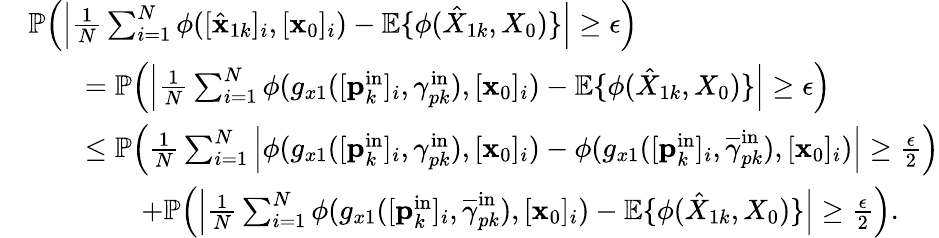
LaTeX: \begin{array}{rl}&{\mathbb{P}\Big(\Big|\frac{1}{N}\sum_{i=1}^{N}\phi([\hat{\mathbf{x}}_{1k}]_{i},[\mathbf{x}_{0}]_{i})-\mathbb{E}\{ \phi(\hat{X}_{1k},X_{0})\} \Big|\geq\epsilon\Big)}\\ &{\qquad=\mathbb{P}\Big(\Big|\frac{1}{N}\sum_{i=1}^{N}\phi(g_{x1}([\mathbf{p}_{k}^{\mathrm{in}}]_{i},\gamma_{pk}^{\mathrm{in}}),[\mathbf{x}_{0}]_{i})-\mathbb{E}\{ \phi(\hat{X}_{1k},X_{0})\} \Big|\geq\epsilon\Big)}\\ &{\qquad\leq\mathbb{P}\Big(\frac{1}{N}\sum_{i=1}^{N}\Big|\phi(g_{x1}([\mathbf{p}_{k}^{\mathrm{in}}]_{i},\gamma_{pk}^{\mathrm{in}}),[\mathbf{x}_{0}]_{i})-\phi(g_{x1}([\mathbf{p}_{k}^{\mathrm{in}}]_{i},\overline{{\gamma}}_{pk}^{\mathrm{in}}),[\mathbf{x}_{0}]_{i})\Big|\geq\frac{\epsilon}{2}\Big)}\\ &{\qquad\qquad+\mathbb{P}\Big(\Big|\frac{1}{N}\sum_{i=1}^{N}\phi(g_{x1}([\mathbf{p}_{k}^{\mathrm{in}}]_{i},\overline{{\gamma}}_{pk}^{\mathrm{in}}),[\mathbf{x}_{0}]_{i})-\mathbb{E}\{ \phi(\hat{X}_{1k},X_{0})\} \Big|\geq\frac{\epsilon}{2}\Big).}\end{array}